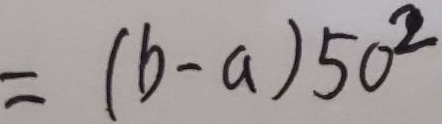
= ( b - a ) 5 0 ^ { 2 }